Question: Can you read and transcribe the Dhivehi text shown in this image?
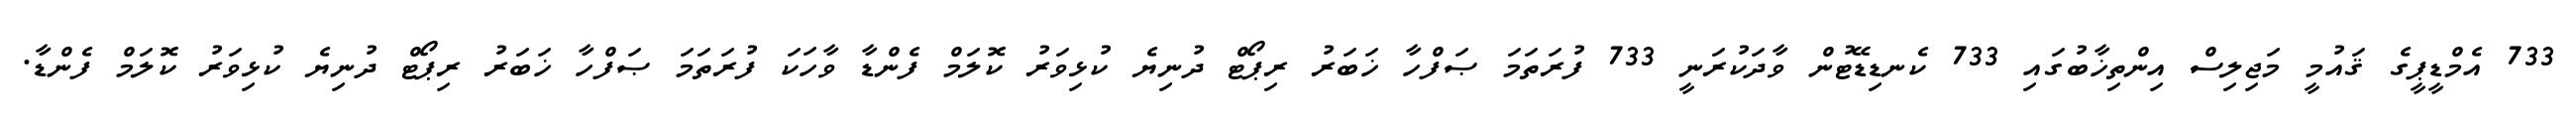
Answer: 733 އެމްޑީޕީގެ ޤައުމީ މަޖިލިސް އިންތިޚާބުގައި 733 ކެނޑިޑޭޓުން ވާދަކުރަނީ 733 ފުރަތަމަ ޞަފްހާ ޚަބަރު ރިޕޯޓް ދުނިޔެ ކުޅިވަރު ކޮލަމް ފެންޑާ ވާހަކަ ފުރަތަމަ ޞަފްހާ ޚަބަރު ރިޕޯޓް ދުނިޔެ ކުޅިވަރު ކޮލަމް ފެންޑާ.